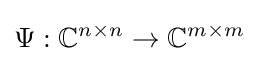
\Psi :\mathbb {C} ^{n\times n}\rightarrow \mathbb {C} ^{m\times m}